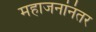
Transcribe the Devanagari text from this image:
महाजनांनंतर